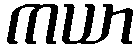
ကယာ